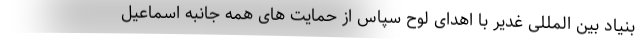
بنیاد بین المللی غدیر با اهدای لوح سپاس از حمایت های همه جانبه اسماعیل